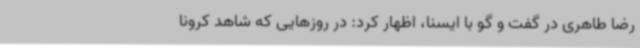
رضا طاهری در گفت و گو با ایسنا، اظهار کرد: در روزهایی که شاهد کرونا